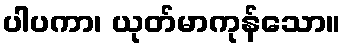
ပါပကာ၊ ယုတ်မာကုန်သော။